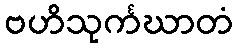
ဗဟိသုင်္ကဃာတံ